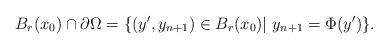
LaTeX: \begin{align*}B_{r}(x_0)\cap \partial \Omega = \{(y',y_{n+1})\in B_{r}(x_0)| \ y_{n+1}= \Phi(y') \}.\end{align*}